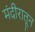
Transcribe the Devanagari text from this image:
मंदीरातून